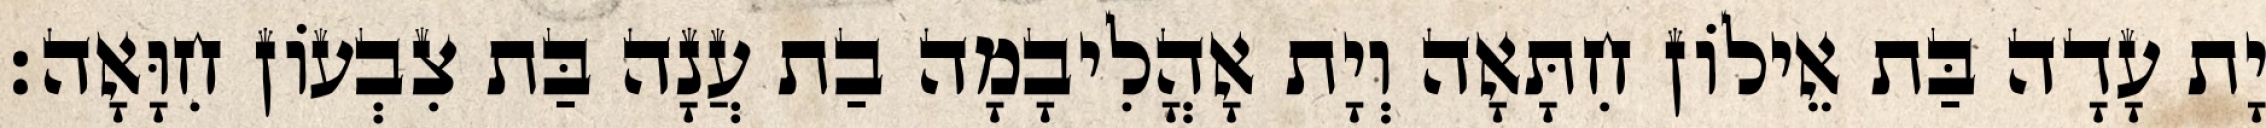
יָת עָדָה בַּת אֵילוֹן חִתָּאָה וְיָת אָהֳלִיבָמָה בַת עֲנָה בַּת צִבְעוֹן חִוָּאָה׃